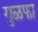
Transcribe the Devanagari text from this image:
गुळफा